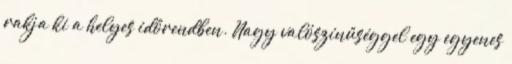
rakja ki a helyes időrendben. Nagy valószínűséggel egy egyenes